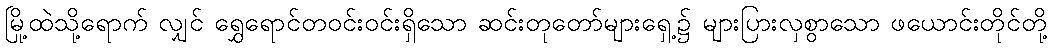
မြို့ထဲသို့ရောက် လျှင် ရွှေရောင်တဝင်းဝင်းရှိသော ဆင်းတုတော်များရှေ့၌ များပြားလှစွာသော ဖယောင်းတိုင်တို့